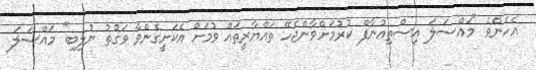
އެހެންވެ "މައްސަލަ އިސްތިއުނާފް ކުރުމަށްވާންޖެހޭ ތައްޔާރީތައް ވުމަށް އެކަށީގެންވާ ވަގުތު ނުލިބި" މައްސަލަ